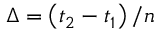
\Delta = \left( t _ { 2 } - t _ { 1 } \right) / n